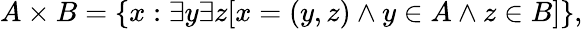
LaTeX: A\times B=\{ x:\exists y\exists z[x=(y,z)\land y\in A\land z\in B]\} ,